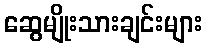
ဆွေမျိုးသားချင်းများ